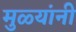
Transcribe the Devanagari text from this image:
मुळ्यांनी